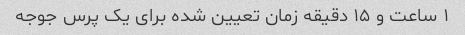
۱ ساعت و ۱۵ دقیقه زمان تعیین شده برای یک پرس جوجه